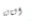
الثالثة